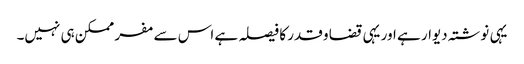
یہی نوشتہ دیوار ہے اور یہی قضا و قدر کا فیصلہ ہے اس سے مفر ممکن ہی نہیں۔